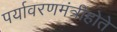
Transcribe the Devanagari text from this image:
पर्यावरणमंत्रीहोते